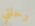
رحلتي